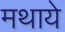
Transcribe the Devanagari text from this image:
मथाये